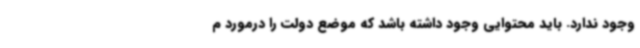
وجود ندارد. باید محتوایی وجود داشته باشد که موضع دولت را درمورد م